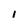
Character: 1